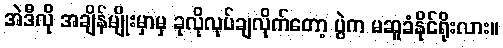
အဲဒီလို အချိန်မျိုးမှာမှ ခုလိုလုပ်ချလိုက်တော့ ပွဲက မဆူခံနိုင်ရိုးလား။